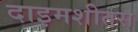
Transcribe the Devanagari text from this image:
दाइमशीतस